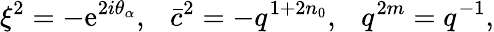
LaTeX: \xi^{2}=-\mathrm{e}^{2i\theta_{\alpha}},\ \ \ \bar{{c}}^{2}=-q^{1+2n_{0}},\ \ \ q^{2m}=q^{-1},